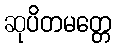
ဆုပိတမတ္တေ